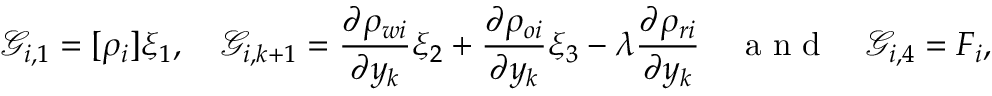
\mathcal { G } _ { i , 1 } = [ \rho _ { i } ] \xi _ { 1 } , \quad \mathcal { G } _ { i , k + 1 } = \frac { \partial \rho _ { w i } } { \partial y _ { k } } \xi _ { 2 } + \frac { \partial \rho _ { o i } } { \partial y _ { k } } \xi _ { 3 } - \lambda \frac { \partial \rho _ { r i } } { \partial y _ { k } } \quad \mathrm { ~ a ~ n ~ d ~ } \quad \mathcal { G } _ { i , 4 } = F _ { i } ,